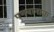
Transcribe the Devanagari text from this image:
पणवानाक